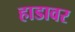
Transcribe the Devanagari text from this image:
हाडावर